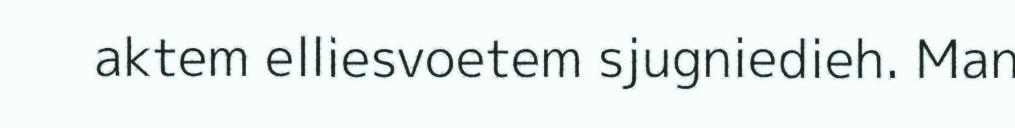
aktem elliesvoetem sjugniedieh. Man